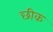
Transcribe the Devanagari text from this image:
छीक